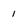
Character: 1